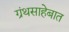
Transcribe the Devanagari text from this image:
ग्रंथसाहेबात